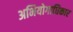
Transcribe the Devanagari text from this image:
अभियोगाधिकार